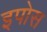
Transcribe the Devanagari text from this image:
इपोस